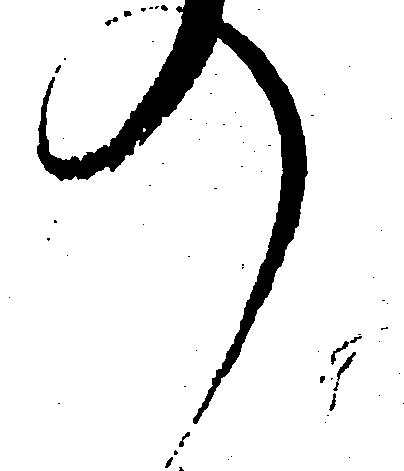
の